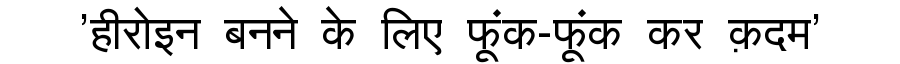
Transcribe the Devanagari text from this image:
'हीरोइन बनने के लिए फूंक-फूंक कर क़दम'